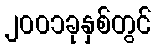
၂၀၀၁ခုနှစ်တွင်